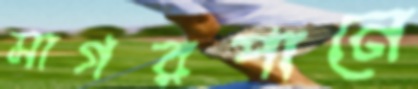
সাগরপানে